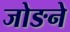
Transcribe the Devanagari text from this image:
जोङने